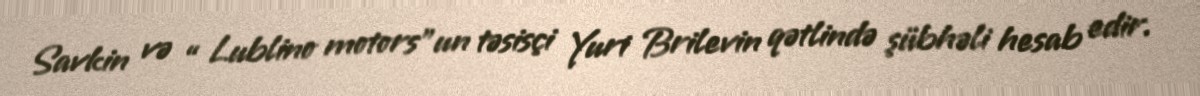
Savkin və “ Lublino motors”un təsisçi Yuri Brilevin qətlində şübhəli hesab edir.